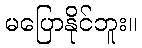
မပြောနိုင်ဘူး။